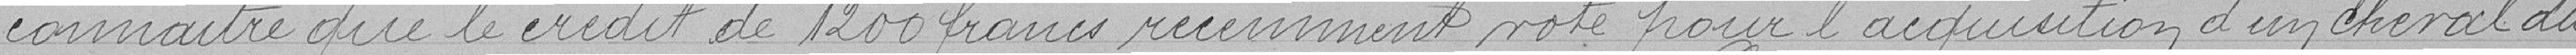
connaitre que le crédit de 1200 francs récemment voté pour l'acquisition d'un cheval du